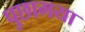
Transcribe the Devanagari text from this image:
पुछागया